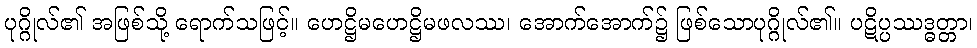
ပုဂ္ဂိုလ်၏ အဖြစ်သို့ ရောက်သဖြင့်။ ဟေဋ္ဌိမဟေဋ္ဌိမဖလဿ၊ အောက်အောက်၌ ဖြစ်သောပုဂ္ဂိုလ်၏။ ပဋိပ္ပဿဒ္ဓတ္တာ၊